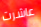
عاشرت